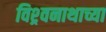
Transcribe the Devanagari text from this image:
विश्र्वनाथाच्या